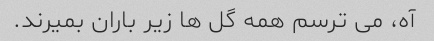
آه، می ترسم همه گل ها زیر باران بمیرند.